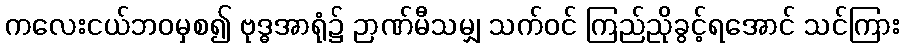
ကလေးငယ်ဘဝမှစ၍ ဗုဒ္ဓအာရုံ၌ ဉာဏ်မီသမျှ သက်ဝင် ကြည်ညိုခွင့်ရအောင် သင်ကြား